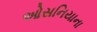
ઓસનિયાના